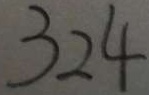
3 2 4